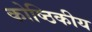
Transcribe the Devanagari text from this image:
कोष्ठिकीय